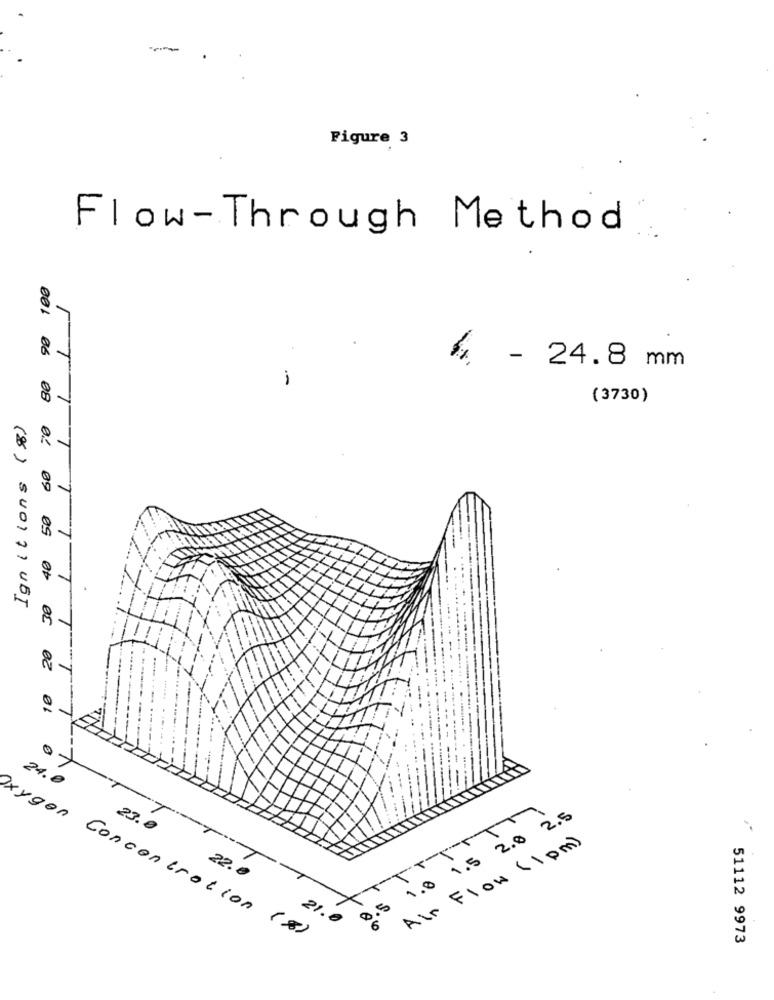
-
Figure 3
Flow-Through Method
001 06
- 24.8 mm
-
(3730)
Ignitions (8)
08 0/ 09 05 6
8-
20
0-
24.0
1.0 1.5 2.0 2.5
23.0
Air Flow (1 pm)
22. e
S
21.0
6
Oxygen Concentration (8)
51112 9973